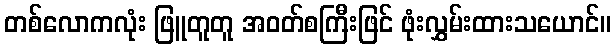
တစ်လောကလုံး ဖြူတူတူ အဝတ်စကြီးဖြင် ဖုံးလွှမ်းထားသယောင်။